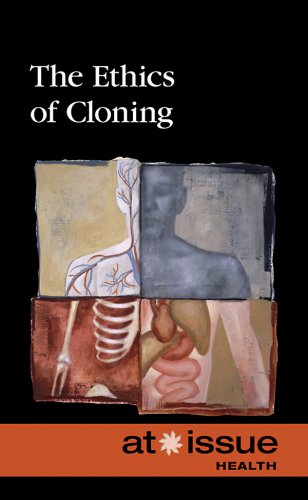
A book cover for Ethics of Cloning (At Issue); David M. Haugen; Teen & Young Adult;